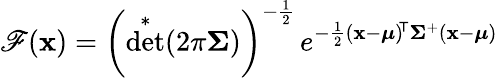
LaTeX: \mathscr{F}(\mathbf{{x}})=\left(\det^{*}(2\pi{\boldsymbol{\Sigma}})\right)^{-{\frac{{1}}{{2}}}}\, e^{-{\frac{{1}}{{2}}}(\mathbf{{x}}-{\boldsymbol{\mu}})^{\! {\mathsf{{T}}}}{\boldsymbol{\Sigma}}^{+}(\mathbf{{x}}-{\boldsymbol{\mu}})}